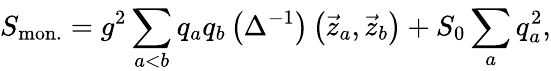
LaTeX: S_{\mathrm{mon.}}=g^{2}\sum_{a<b}^{}q_{a}q_{b}\left(\Delta^{-1}\right)\left(\vec{z}_{a},\vec{z}_{b}\right)+S_{0}\sum_{a}^{}q_{a}^{2},